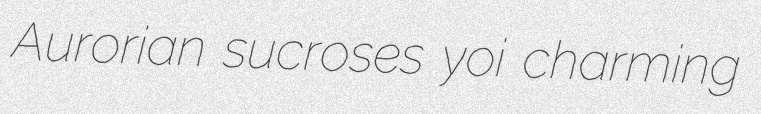
Aurorian sucroses yoi charming